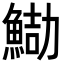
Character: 𩷻